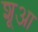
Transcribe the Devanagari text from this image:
शूआ